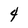
Character: 4